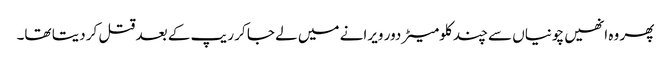
پھر وہ انھیں چونیاں سے چند کلومیٹر دور ویرانے میں لے جا کر ریپ کے بعد قتل کر دیتا تھا۔